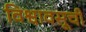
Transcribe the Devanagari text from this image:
विश्वावसूची